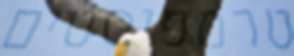
טרמפיסטים